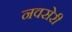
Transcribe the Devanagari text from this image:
नवसेरी